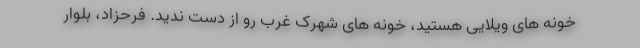
خونه های ویلایی هستید، خونه های شهرک غرب رو از دست ندید. فرحزاد، بلوار